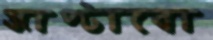
জাপ্‌টাবো